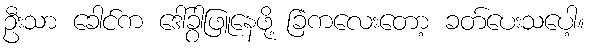
ဦးသာ ခေါင်က ဒေါ်ခွာဖြူနေဖို့ ခြံကလေးတော့ ခတ်ပေးသပေါ့။